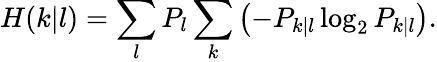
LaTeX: H(k|l)=\sum_{l}P_{l}\sum_{k}\left(-P_{k|l}\log_{2}P_{k|l}\right).